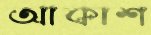
আকাশ